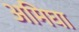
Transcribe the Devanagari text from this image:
अमिघा